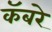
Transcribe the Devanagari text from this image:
कॅबरे